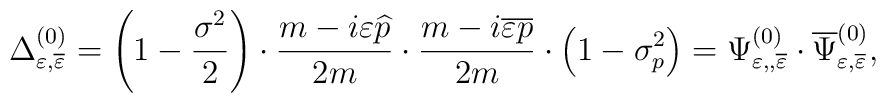
\Delta _{\varepsilon ,\overline{\varepsilon }}^{(0)}=\left(1-\frac{\sigma ^2 }2\right) \cdot \frac{m-i\varepsilon\widehat{p}}{2m}\cdot \frac{m-i \overline{\varepsilon}\overline{p}}{2m}\cdot \left( 1-\sigma _p^2\right) =\Psi_{\varepsilon ,,\overline{\varepsilon }}^{(0)}\cdot \overline{\Psi} _{\varepsilon ,\overline{\varepsilon }}^{(0)} ,